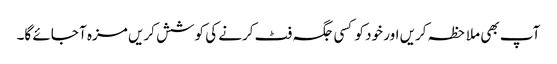
آپ بھی ملاحظہ کریں اور خود کو کسی جگہ فٹ کرنے کی کوشش کریں مزہ آ جائے گا۔